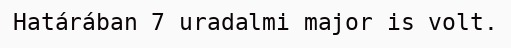
Határában 7 uradalmi major is volt.